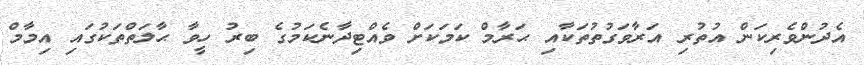
އެދުންވެރިކަން އުތުރި އަރާވަގުތުތަކާއި ޙަރާމް ކަމަކަށް ވެއްޓިދާނެކަމުގެ ބިރު ހީވާ ޙާލަތްތަކުގައި އިމާމް